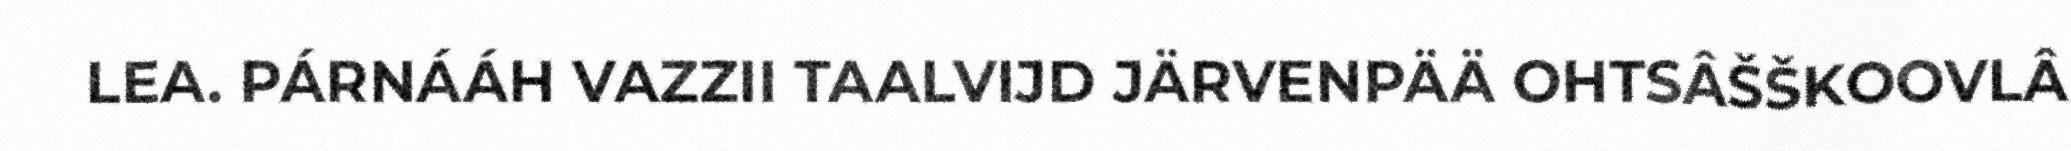
LEA. PÁRNÁÁH VAZZII TAALVIJD JÄRVENPÄÄ OHTSÂŠŠKOOVLÂ